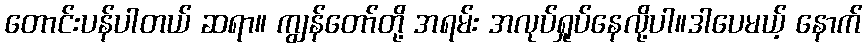
တောင်းပန်ပါတယ် ဆရာ။ ကျွန်တော်တို့ အရမ်း အလုပ်ရှုပ်နေလို့ပါ။ဒါပေမယ့် နောက်